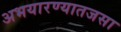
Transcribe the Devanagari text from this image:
अभयारण्यातजसा